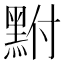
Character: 𪐻